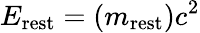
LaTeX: E_{\mathrm{rest}}=(m_{\mathrm{rest}})c^{2}